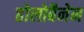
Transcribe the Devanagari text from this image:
होलोबैनेन